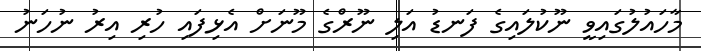
މާހައުލުގައިވީ ނޫކުލައިގެ ފަނޑު އަލި ނޫރްގެ މޫނަށް އެޅިފައި ހުރި އިރު ނުހަނު